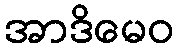
အာဒိမေဝ